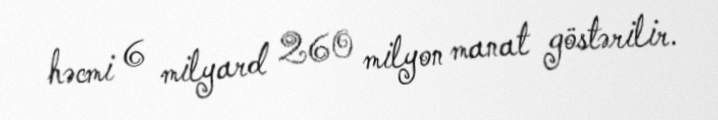
həcmi 6 milyard 260 milyon manat göstərilir.